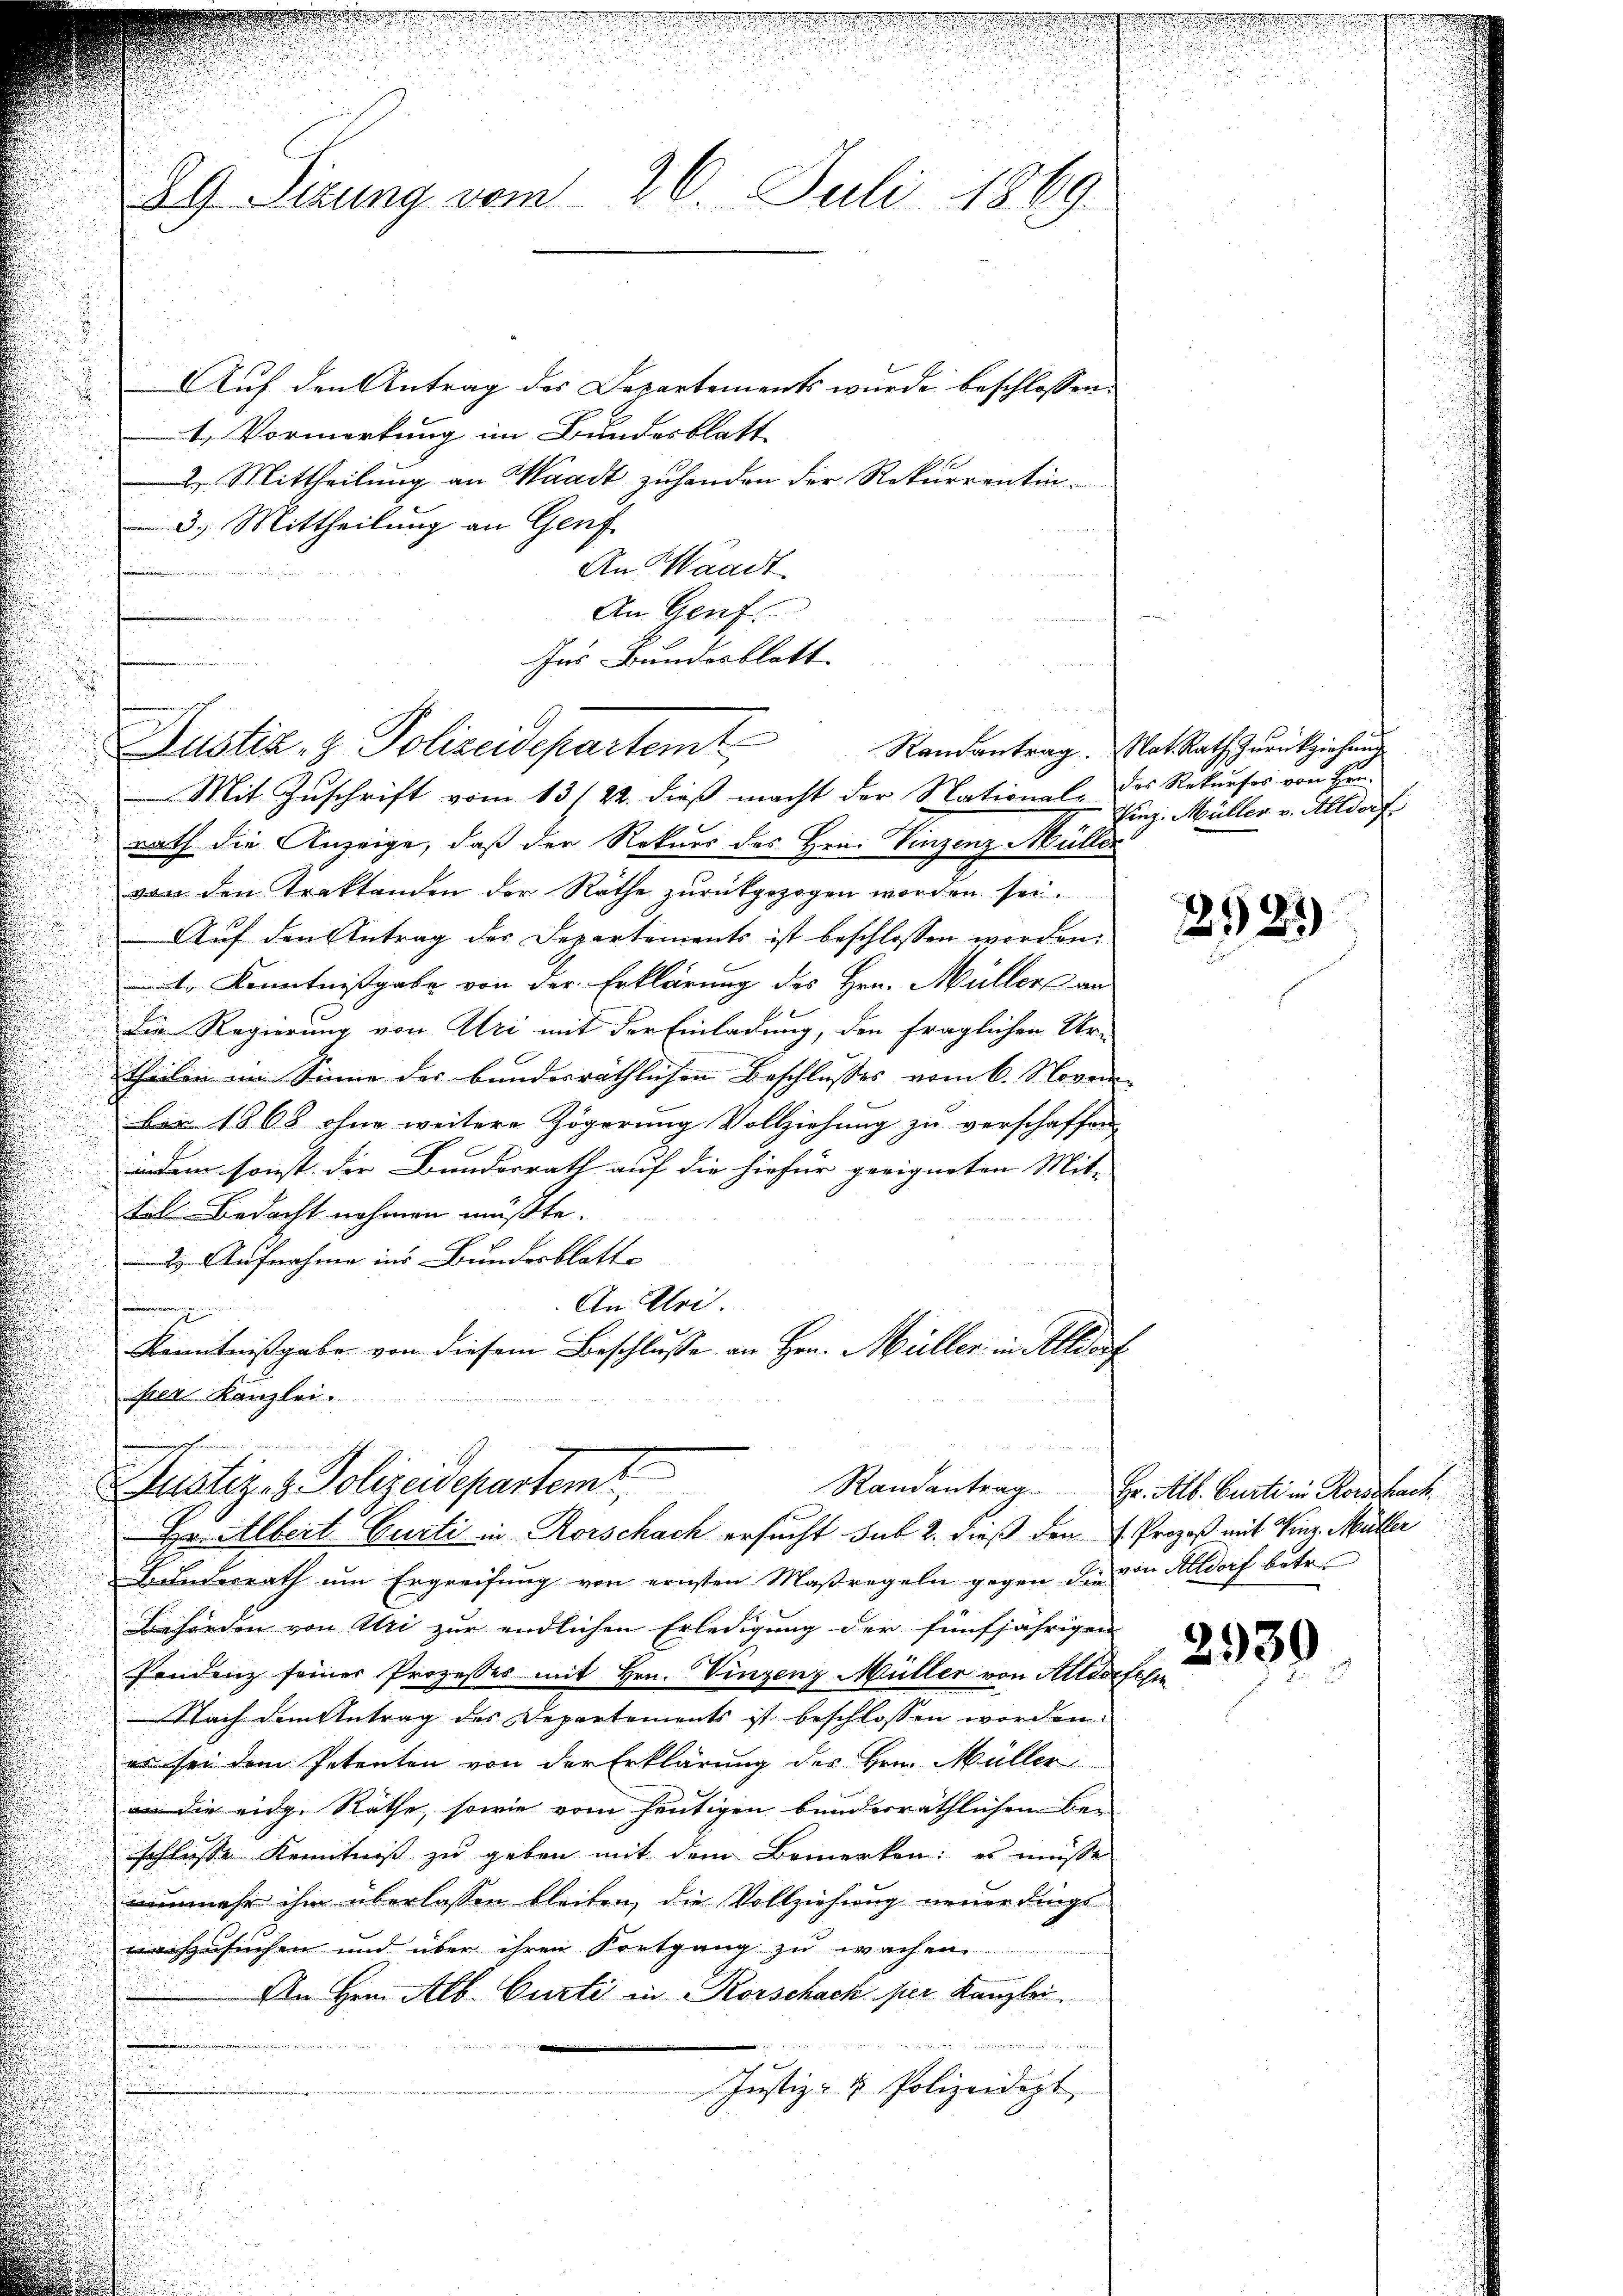
29. Sizung vom 26. Juli 1869

Auf den Antrag des Departements wurde beschlossen:
1. Vormerkung im Bundesblatt
2. Mittheilung an Waadt zuhanden der Rekurrentin¬
3.) Mittheilung an Genf
An Waadt
An Genf
Ins Bundesblatt
Mit Zuschrift vom 13/22. dieß macht der National-
rath die Anzeige, daß der Rekurs des Hrn. Vinzenz Müller
von den Traktanden der Räthe zurückgezogen worden sei.
Auf den Antrag des Departements ist beschlossen worden.
4. Kenntnißgabe von der Erklärung des Hrn. Müllers an
Die Regierung von Uri mit der Einladung, den fraglichen Ur-
theilen im Sinne der bunderräthlichen Beschlusses vom 6. Nover-
ber 1868 ohne weitere Zögerung Vollziehung zu verschaffen.

in dem sonst die Bundesrath auf die hiefür geeigneten Mit-
tael Bedacht nehmen müßte.
2) Aufnahme ins Bundesblatte
An Uri.
Kenntnißgabe von diesem Beschlusse an Hrn. Müller in Altdorf
sien Kanzlei.
Randantrag
Justiz- & Polizeidepartemt,
Hr. Albert Gurti in Rorschach ersucht sub 2. dieß den H. Prozeß mit Vier Müller
Bundesrath um Ergreifung von ernsten Maßregeln gegen die von Altdorf betr.
Behörden von Uri zur endlichen Erledigung der fünfjährigen
Pendenz seiner Prozesses mit Hrn. Vinzenz Müller von Altdorfen
Nach dem Antrag des Departements ist beschlossen worden.
es sei dem Petenten von der Erklärung des Hrn. Müller
an die eidg. Räthe, sowie vom heutigen bunderräthlichem Be-
schlosse Kenntniß zu geben mit dem Bemerken: es müsse
nunmehr ihm überlassen bleiben, die Vollziehung neuerdings
nachzusuchen und über ihrer Fortgang zu wachen
An Hrn. Alb. Curti in Korschack per Kanzlei.
Justiz- & Polizeidigt

Justiz- & Polizeidepartemt

.

Randantrag. Nat. Rath Zurückziehung
das Rekurses von Hrn.
Vinz. Müller v. Alldorf.

2523)

Hr. Alb. Curti in Rorschach

2939